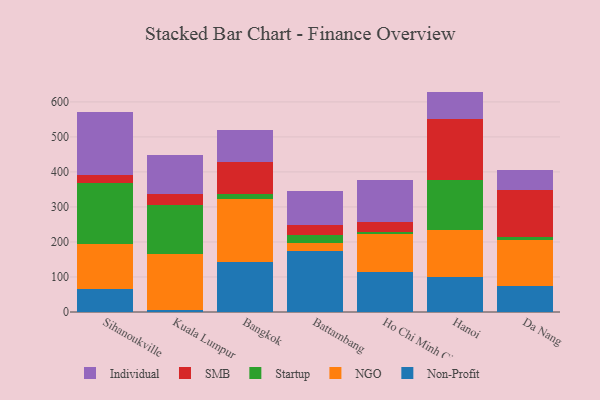
{"axis": {"x": "City", "y": "Satisfaction Score"}, "legend": ["Individual", "NGO", "Non-Profit", "SMB", "Startup"], "data": [{"x": "Sihanoukville", "y": 65.8, "type": "Non-Profit"}, {"x": "Sihanoukville", "y": 128.5, "type": "NGO"}, {"x": "Sihanoukville", "y": 174.4, "type": "Startup"}, {"x": "Sihanoukville", "y": 23.6, "type": "SMB"}, {"x": "Sihanoukville", "y": 178.0, "type": "Individual"}, {"x": "Kuala Lumpur", "y": 6.6, "type": "Non-Profit"}, {"x": "Kuala Lumpur", "y": 159.4, "type": "NGO"}, {"x": "Kuala Lumpur", "y": 139.5, "type": "Startup"}, {"x": "Kuala Lumpur", "y": 30.9, "type": "SMB"}, {"x": "Kuala Lumpur", "y": 112.0, "type": "Individual"}, {"x": "Bangkok", "y": 144.0, "type": "Non-Profit"}, {"x": "Bangkok", "y": 179.9, "type": "NGO"}, {"x": "Bangkok", "y": 13.4, "type": "Startup"}, {"x": "Bangkok", "y": 90.0, "type": "SMB"}, {"x": "Bangkok", "y": 93.7, "type": "Individual"}, {"x": "Battambang", "y": 172.8, "type": "Non-Profit"}, {"x": "Battambang", "y": 23.5, "type": "NGO"}, {"x": "Battambang", "y": 23.5, "type": "Startup"}, {"x": "Battambang", "y": 28.5, "type": "SMB"}, {"x": "Battambang", "y": 97.7, "type": "Individual"}, {"x": "Ho Chi Minh City", "y": 114.8, "type": "Non-Profit"}, {"x": "Ho Chi Minh City", "y": 106.7, "type": "NGO"}, {"x": "Ho Chi Minh City", "y": 7.8, "type": "Startup"}, {"x": "Ho Chi Minh City", "y": 27.6, "type": "SMB"}, {"x": "Ho Chi Minh City", "y": 120.2, "type": "Individual"}, {"x": "Hanoi", "y": 100.2, "type": "Non-Profit"}, {"x": "Hanoi", "y": 134.5, "type": "NGO"}, {"x": "Hanoi", "y": 141.7, "type": "Startup"}, {"x": "Hanoi", "y": 174.7, "type": "SMB"}, {"x": "Hanoi", "y": 78.3, "type": "Individual"}, {"x": "Da Nang", "y": 74.0, "type": "Non-Profit"}, {"x": "Da Nang", "y": 130.5, "type": "NGO"}, {"x": "Da Nang", "y": 10.8, "type": "Startup"}, {"x": "Da Nang", "y": 134.0, "type": "SMB"}, {"x": "Da Nang", "y": 55.5, "type": "Individual"}]}